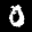
Label: 0